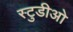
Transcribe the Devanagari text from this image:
स्टुडीओ